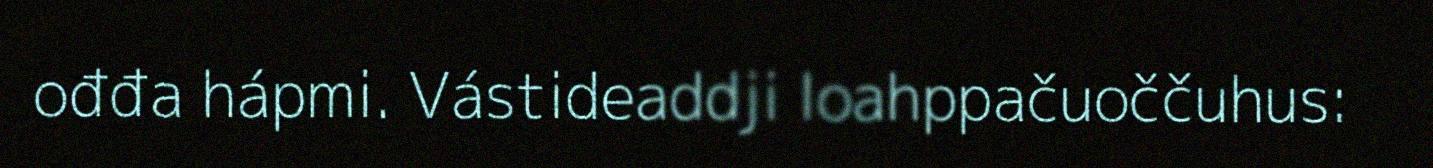
ođđa hápmi. Vástideaddji loahppačuoččuhus: